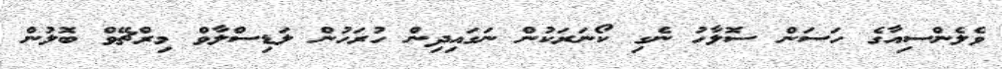
ވެލެންސިއާގެ ހަސަން ސޮލާހު ނެގި ކޯނަރަކުން ނަގައިދިން ހުރަހުން ލަޑިސްލާވް މިރްޗޭވް ބޮލުން